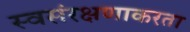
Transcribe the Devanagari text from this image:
स्वसंरक्षणाकरता